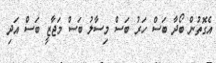
އެގޮތުން ބޯދާ ބަސް ހަރު ބަސް މިސާލު ބަސް މަޖާޒީ ބަސް އަދި